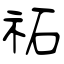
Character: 祏